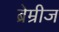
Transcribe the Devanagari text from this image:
ब्रेम्रीज